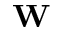
\mathbf { W }